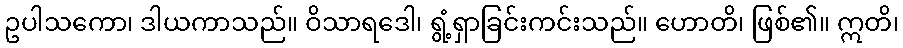
ဥပါသကော၊ ဒါယကာသည်။ ဝိသာရဒေါ၊ ရွံ့ရှာခြင်းကင်းသည်။ ဟောတိ၊ ဖြစ်၏။ ဣတိ၊